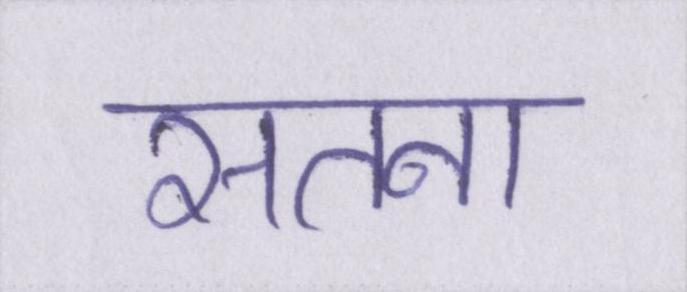
सतना